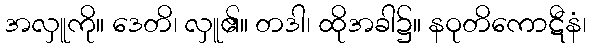
အလှူကို။ ဒေတိ၊ လှူ၏။ တဒါ၊ ထိုအခါ၌။ နဝုတိကောဋီနံ၊